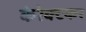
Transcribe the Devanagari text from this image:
केरेक्टकर